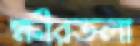
ক্ষীরতলা